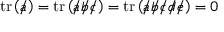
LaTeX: \operatorname { t r } \left( { a \! \! \! / } \right) = \operatorname { t r } \left( { a \! \! \! / } { b \! \! \! / } { c \! \! \! / } \right) = \operatorname { t r } \left( { a \! \! \! / } { b \! \! \! / } { c \! \! \! / } { d \! \! \! / } { e \! \! \! / } \right) = 0